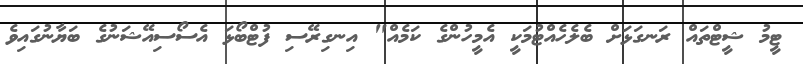
ޓީމު ޝީޓްތައް ރަނގަޅަށް ބެލެހެއްޓުމަކީ އެމީހުންގެ ކަމެއް" އިނގިރޭސި ފުޓްބޯޅަ އެސޯސިއޭޝަނުގެ ބަޔާނުގައިވެ